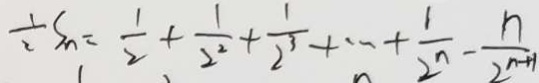
\frac { 1 } { 2 } S _ { n } = \frac { 1 } { 2 } + \frac { 1 } { 2 ^ { 2 } } + \frac { 1 } { 2 ^ { 3 } } + \cdots + \frac { 1 } { 2 ^ { n } } - \frac { n } { 2 ^ { n + 1 } }